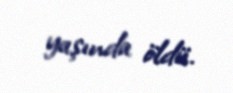
yaşında öldü.